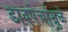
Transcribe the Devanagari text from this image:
डावपेचांमुळे